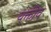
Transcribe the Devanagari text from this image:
यक्तीव